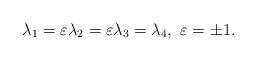
LaTeX: \begin{align*}\lambda_{1}=\varepsilon\lambda_{2}=\varepsilon\lambda_{3}=\lambda_{4},\ \varepsilon=\pm 1.\end{align*}